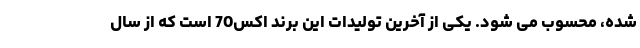
شده، محسوب می شود. یکی از آخرین تولیدات این برند اکس70 است که از سال